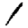
Digit: 1